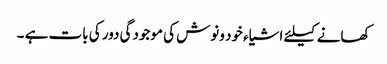
کھانے کیلئے اشیاء خود ونوش کی موجودگی دور کی بات ہے ۔